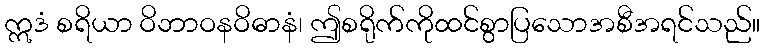
ဣဒံ စရိယာ ဝိဘာဝနဝိဓာနံ၊ ဤစရိုက်ကိုထင်စွာပြသောအစီအရင်သည်။